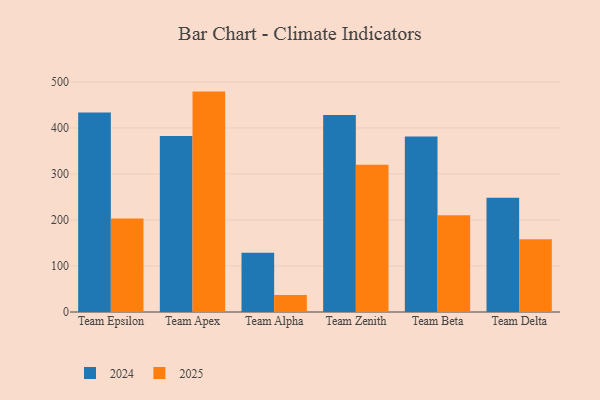
{"axis": {"x": "Team", "y": "Production Output"}, "legend": ["2024", "2025"], "data": [{"x": "Team Epsilon", "y": 203.2, "type": "2025"}, {"x": "Team Epsilon", "y": 433.6, "type": "2024"}, {"x": "Team Apex", "y": 479.0, "type": "2025"}, {"x": "Team Apex", "y": 382.6, "type": "2024"}, {"x": "Team Alpha", "y": 37.0, "type": "2025"}, {"x": "Team Alpha", "y": 128.5, "type": "2024"}, {"x": "Team Zenith", "y": 320.2, "type": "2025"}, {"x": "Team Zenith", "y": 428.4, "type": "2024"}, {"x": "Team Beta", "y": 210.5, "type": "2025"}, {"x": "Team Beta", "y": 381.4, "type": "2024"}, {"x": "Team Delta", "y": 158.3, "type": "2025"}, {"x": "Team Delta", "y": 248.3, "type": "2024"}]}